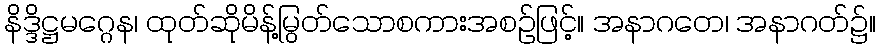
နိဒ္ဒိဋ္ဌမဂ္ဂေန၊ ထုတ်ဆိုမိန့်မြွတ်သောစကားအစဉ်ဖြင့်။ အနာဂတေ၊ အနာဂတ်၌။